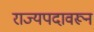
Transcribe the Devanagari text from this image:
राज्यपदावरून